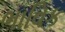
ભાવિક